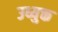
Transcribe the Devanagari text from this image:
उध्युक्त